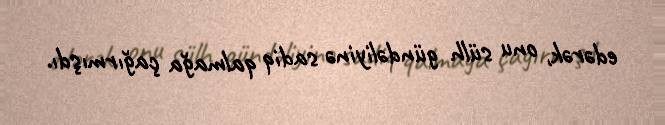
edərək, onu sülh gündəliyinə sadiq qalmağa çağırmışdı.